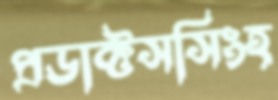
প্রডাক্টসসিংহ